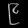
Digit: ၉